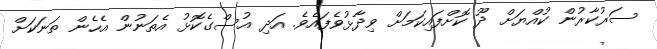
ސަރުކާރުން ކުއްޔަށް ދޫ ކޮށްފައިިކަމަށް ވިދާޅުވެފައެވެ. އަދި އުސްގެކޮޅު އެތަނުން އެހެން ތަނަކަށް